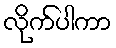
လိုက်ပါကာ